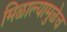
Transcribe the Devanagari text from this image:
मिळाल्यामुळेच